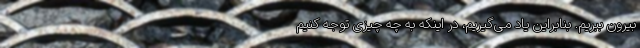
بیرون ببریم. بنابراین یاد می‌گیریم، در اینکه به چه چیزی توجه کنیم